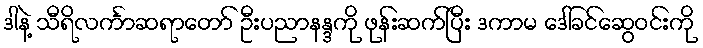
ဒါနဲ့ သီရိလင်္ကာဆရာတော် ဦးပညာနန္ဒကို ဖုန်းဆက်ပြီး ဒကာမ ဒေါ်ခင်ဆွေဝင်းကို